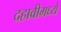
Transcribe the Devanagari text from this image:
दहावीमध्ये